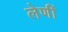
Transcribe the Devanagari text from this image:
लेणीं